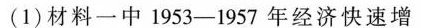
(1)材料一中1953-1957年经济快速增